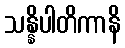
သန္နိပါတိကာနိ